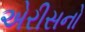
એરીસનો